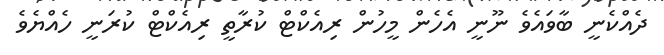
ދެއްކެނީ ބާވައެވެ ނޫނީ އެހެން މީހުން ރިއެކްޓް ކުރާތީ ރިއެކްޓް ކުރަނީ ހެއްޔެވެ